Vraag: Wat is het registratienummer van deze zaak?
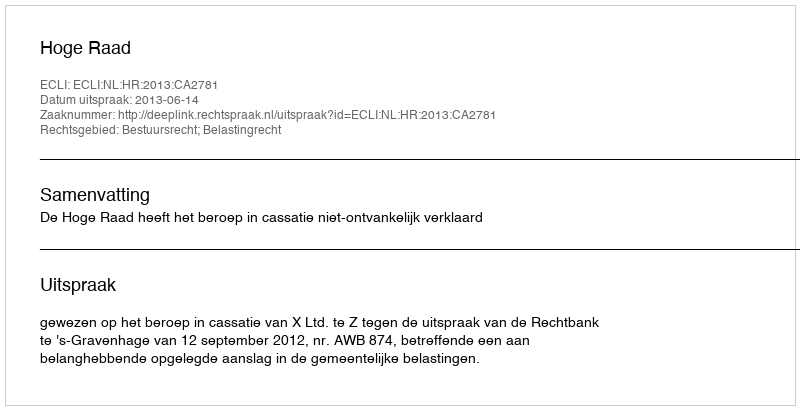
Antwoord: http://deeplink.rechtspraak.nl/uitspraak?id=ECLI:NL:HR:2013:CA2781